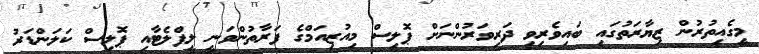
މީގެއިތުރުން ޒިޔާރަތުގައި ބައިވެރިވި ދަރިވަރުންނަށް ޕޮލިސް މިއުޒިއަމްގެ ފަރާތުންވަނީ ލީފްލެޓާއި ޕޮލިސް ކަލަންޑަރު